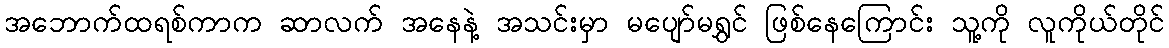
အဘောက်ထရစ်ကာက ဆာလက် အနေနဲ့ အသင်းမှာ မပျော်မရွှင် ဖြစ်နေကြောင်း သူ့ကို လူကိုယ်တိုင်